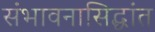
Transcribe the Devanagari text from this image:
संभावनासिद्धांत